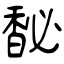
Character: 馝